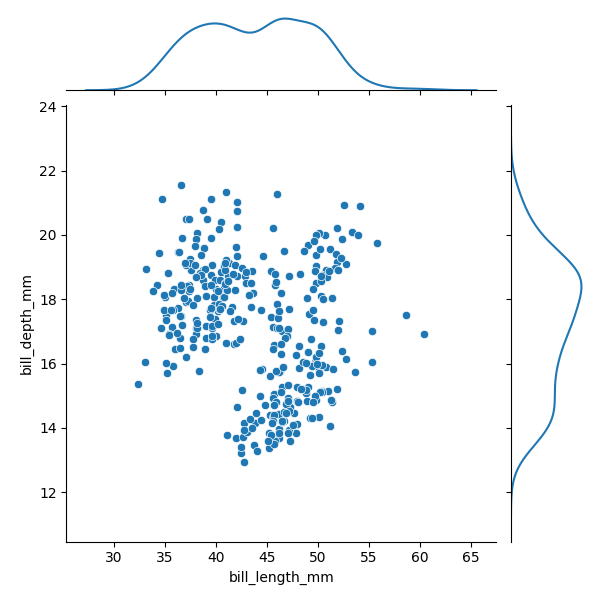
python, seaborn, JointGrid, scatterplot, kdeplot